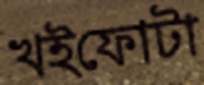
খইফোটা